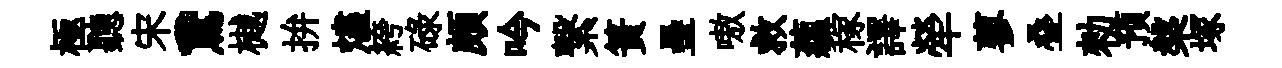
極聽宋鵞樾拚燼絝碌頗吟繋簣壘嗷救藴稼譯犖蓼叠勑预槃塚